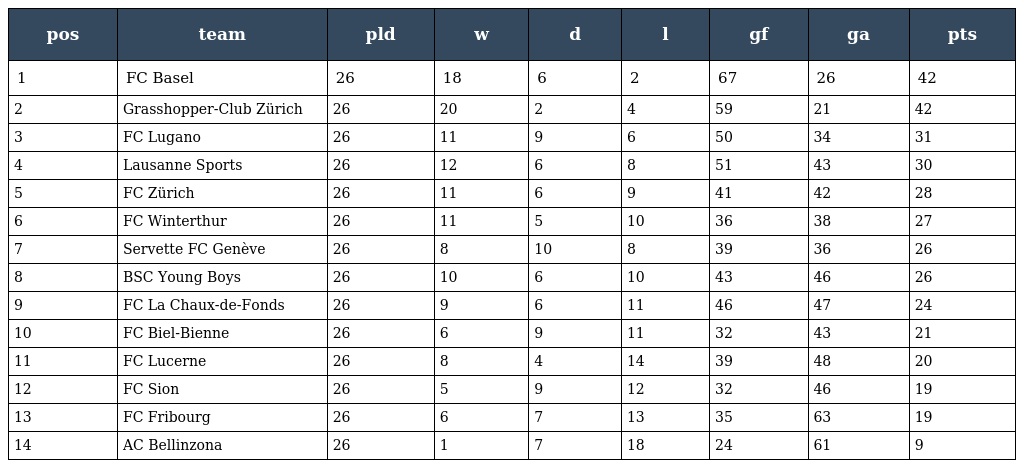
| pos | team | pld | w | d | l | gf | ga | pts |
 | --- | --- | --- | --- | --- | --- | --- | --- | --- |
 | 1 | FC Basel | 26 | 18 | 6 | 2 | 67 | 26 | 42 |
 | 2 | Grasshopper-Club Zürich | 26 | 20 | 2 | 4 | 59 | 21 | 42 |
 | 3 | FC Lugano | 26 | 11 | 9 | 6 | 50 | 34 | 31 |
 | 4 | Lausanne Sports | 26 | 12 | 6 | 8 | 51 | 43 | 30 |
 | 5 | FC Zürich | 26 | 11 | 6 | 9 | 41 | 42 | 28 |
 | 6 | FC Winterthur | 26 | 11 | 5 | 10 | 36 | 38 | 27 |
 | 7 | Servette FC Genève | 26 | 8 | 10 | 8 | 39 | 36 | 26 |
 | 8 | BSC Young Boys | 26 | 10 | 6 | 10 | 43 | 46 | 26 |
 | 9 | FC La Chaux-de-Fonds | 26 | 9 | 6 | 11 | 46 | 47 | 24 |
 | 10 | FC Biel-Bienne | 26 | 6 | 9 | 11 | 32 | 43 | 21 |
 | 11 | FC Lucerne | 26 | 8 | 4 | 14 | 39 | 48 | 20 |
 | 12 | FC Sion | 26 | 5 | 9 | 12 | 32 | 46 | 19 |
 | 13 | FC Fribourg | 26 | 6 | 7 | 13 | 35 | 63 | 19 |
 | 14 | AC Bellinzona | 26 | 1 | 7 | 18 | 24 | 61 | 9 |